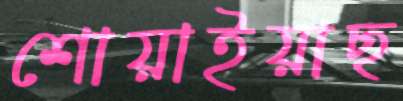
শোয়াইয়াছ